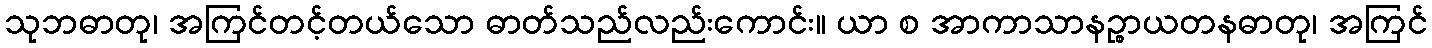
သုဘဓာတု၊ အကြင်တင့်တယ်သော ဓာတ်သည်လည်းကောင်း။ ယာ စ အာကာသာနဉ္စာယတနဓာတု၊ အကြင်